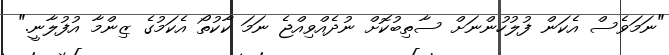
"ނަމަވެސް އެކަން ފުލުހުންނަށް ސާތިބުކޮށް ނުދެއްވިއްޖެ ނަމަ ކާކުތޯ އެކަމުގެ ޒިންމާ އުފުލާނީ."